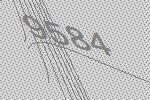
9584